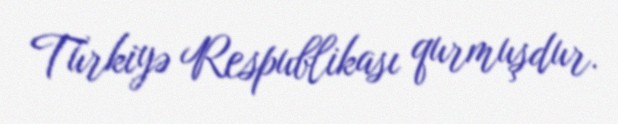
Türkiyə Respublikası qurmuşdur.